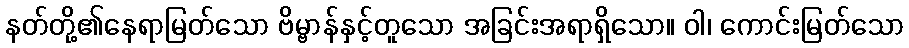
နတ်တို့၏နေရာမြတ်သော ဗိမ္ဗာန်နှင့်တူသော အခြင်းအရာရှိသော။ ဝါ၊ ကောင်းမြတ်သော